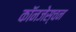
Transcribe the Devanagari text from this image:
कॉनजेस्चन